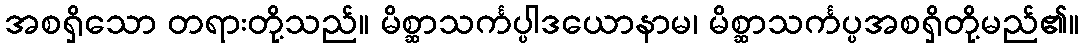
အစရှိသော တရားတို့သည်။ မိစ္ဆာသင်္ကပ္ပါဒယောနာမ၊ မိစ္ဆာသင်္ကပ္ပအစရှိတို့မည်၏။